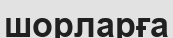
шорларға